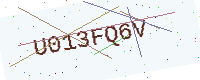
Text: U013FQ6V